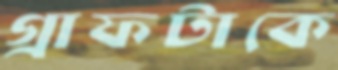
গ্রাফটাকে